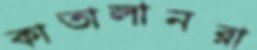
কাতালানরা